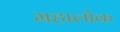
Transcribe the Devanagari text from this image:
महालोक